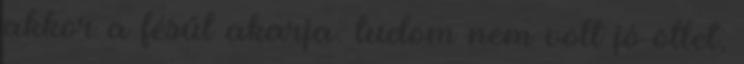
akkor a fésűt akarja. tudom nem volt jó ötlet,